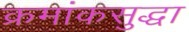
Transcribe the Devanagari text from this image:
क्रमांकसुद्धा